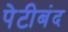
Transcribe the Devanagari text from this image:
पेटीबंद